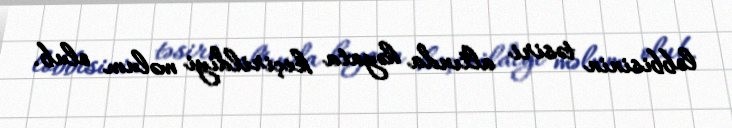
lobbisinin təsiri altında həyata keçirildiyi məlum olub.